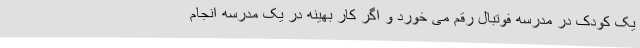
یک کودک در مدرسه فوتبال رقم می خورد و اگر کار بهینه در یک مدرسه انجام